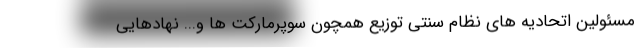
مسئولین اتحادیه های نظام سنتی توزیع همچون سوپرمارکت ها و... نهادهایی